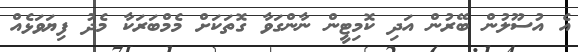
އެ އުސޫލުން ބޭރުން އަދި ކޮމިޓީން ނާންގަވާ ގޮތަކަށް މެމްބަރަކާ މެދު ފިޔަވަޅެއް